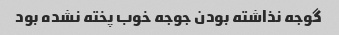
گوجه نذاشته بودن جوجه خوب پخته نشده بود